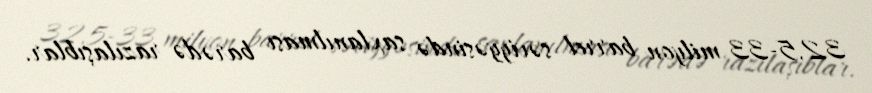
32,5-33 milyon barrel səviyyəsində saxlanılması barədə razılaşıblar.